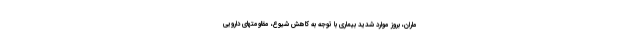
ماران، بروز موارد شدید بیماری با توجه به کاهش شیوع، مقاومتهای دارویی